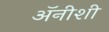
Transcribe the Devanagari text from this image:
अॅनीशी